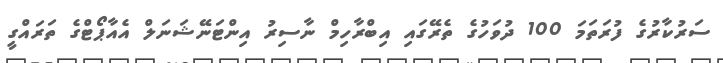
ސަރުކާރުގެ ފުރަތަމަ 100 ދުވަހުގެ ތެރޭގައި އިބްރާހިމް ނާސިރު އިންޓަނޭޝަނަލް އެއާޕޯޓްގެ ތަރައްގީ